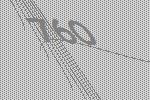
760